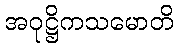
အဝုဋ္ဌိကသမောတိ